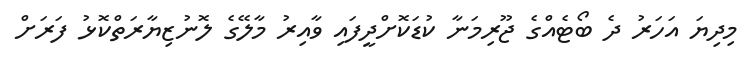
މިދިޔަ އަހަރު ދެ ބޯޓެއްގެ ޖޫރިމަނާ ކުޑަކޮށްދީފައި ވާއިރު މާލޭގެ ލޮނުޒިޔާރަތްކޮޅު ފަރަށް